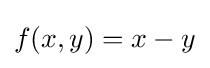
f(x,y)=x-y